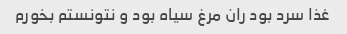
غذا سرد بود ران مرغ سیاه بود و نتونستم بخورم